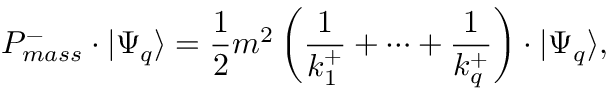
P _ { m a s s } ^ { - } \cdot \vert \Psi _ { q } \rangle = \frac { 1 } { 2 } m ^ { 2 } \left( \frac { 1 } { k _ { 1 } ^ { + } } + \cdots + \frac { 1 } { k _ { q } ^ { + } } \right) \cdot \vert \Psi _ { q } \rangle ,